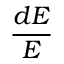
\frac { d E } { E }